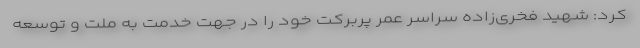
کرد: شهید فخری‌زاده سراسر عمر پربرکت خود را در جهت خدمت به ملت و توسعه